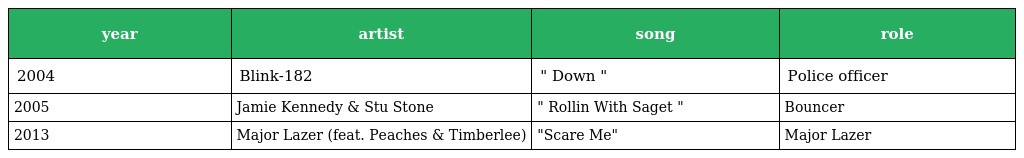
| year | artist | song | role |
 | --- | --- | --- | --- |
 | 2004 | Blink-182 | " Down " | Police officer |
 | 2005 | Jamie Kennedy & Stu Stone | " Rollin With Saget " | Bouncer |
 | 2013 | Major Lazer (feat. Peaches & Timberlee) | "Scare Me" | Major Lazer |